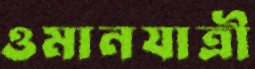
ওমানযাত্রী